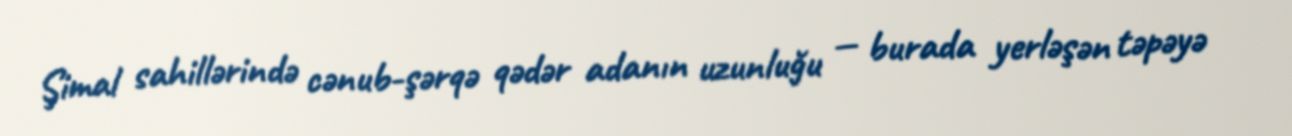
Şimal sahillərində cənub-şərqə qədər adanın uzunluğu — burada yerləşən təpəyə